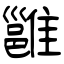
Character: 雝